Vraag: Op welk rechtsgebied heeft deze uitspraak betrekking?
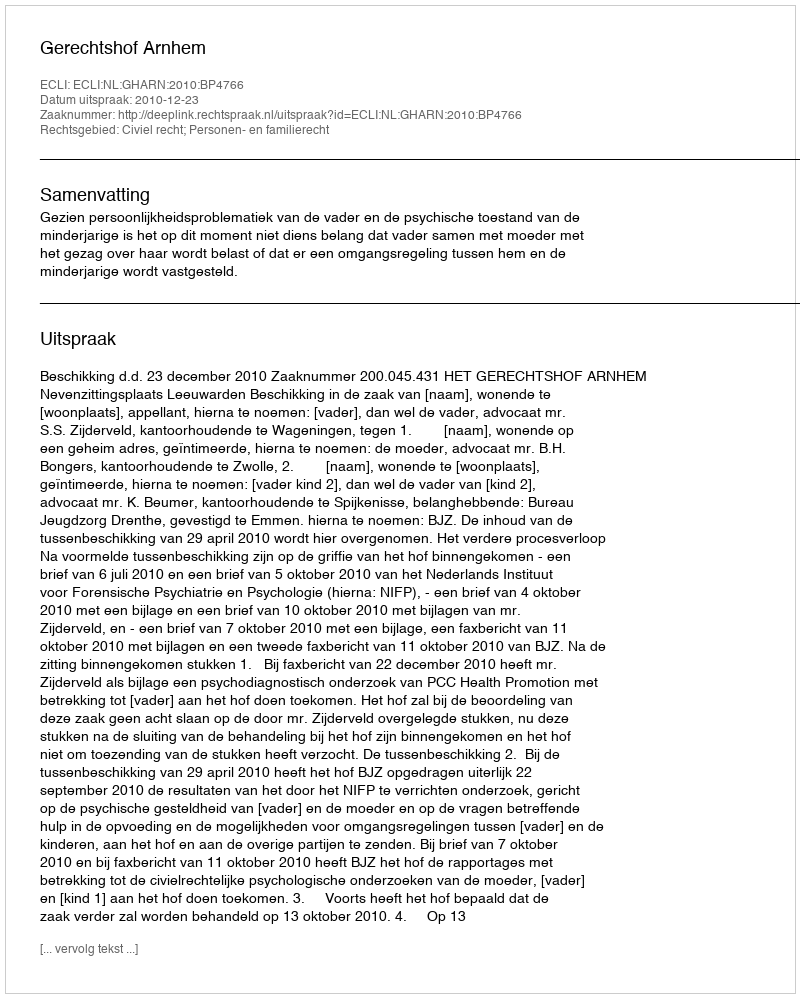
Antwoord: Civiel recht; Personen- en familierecht